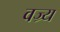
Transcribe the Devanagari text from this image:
वज्र्य